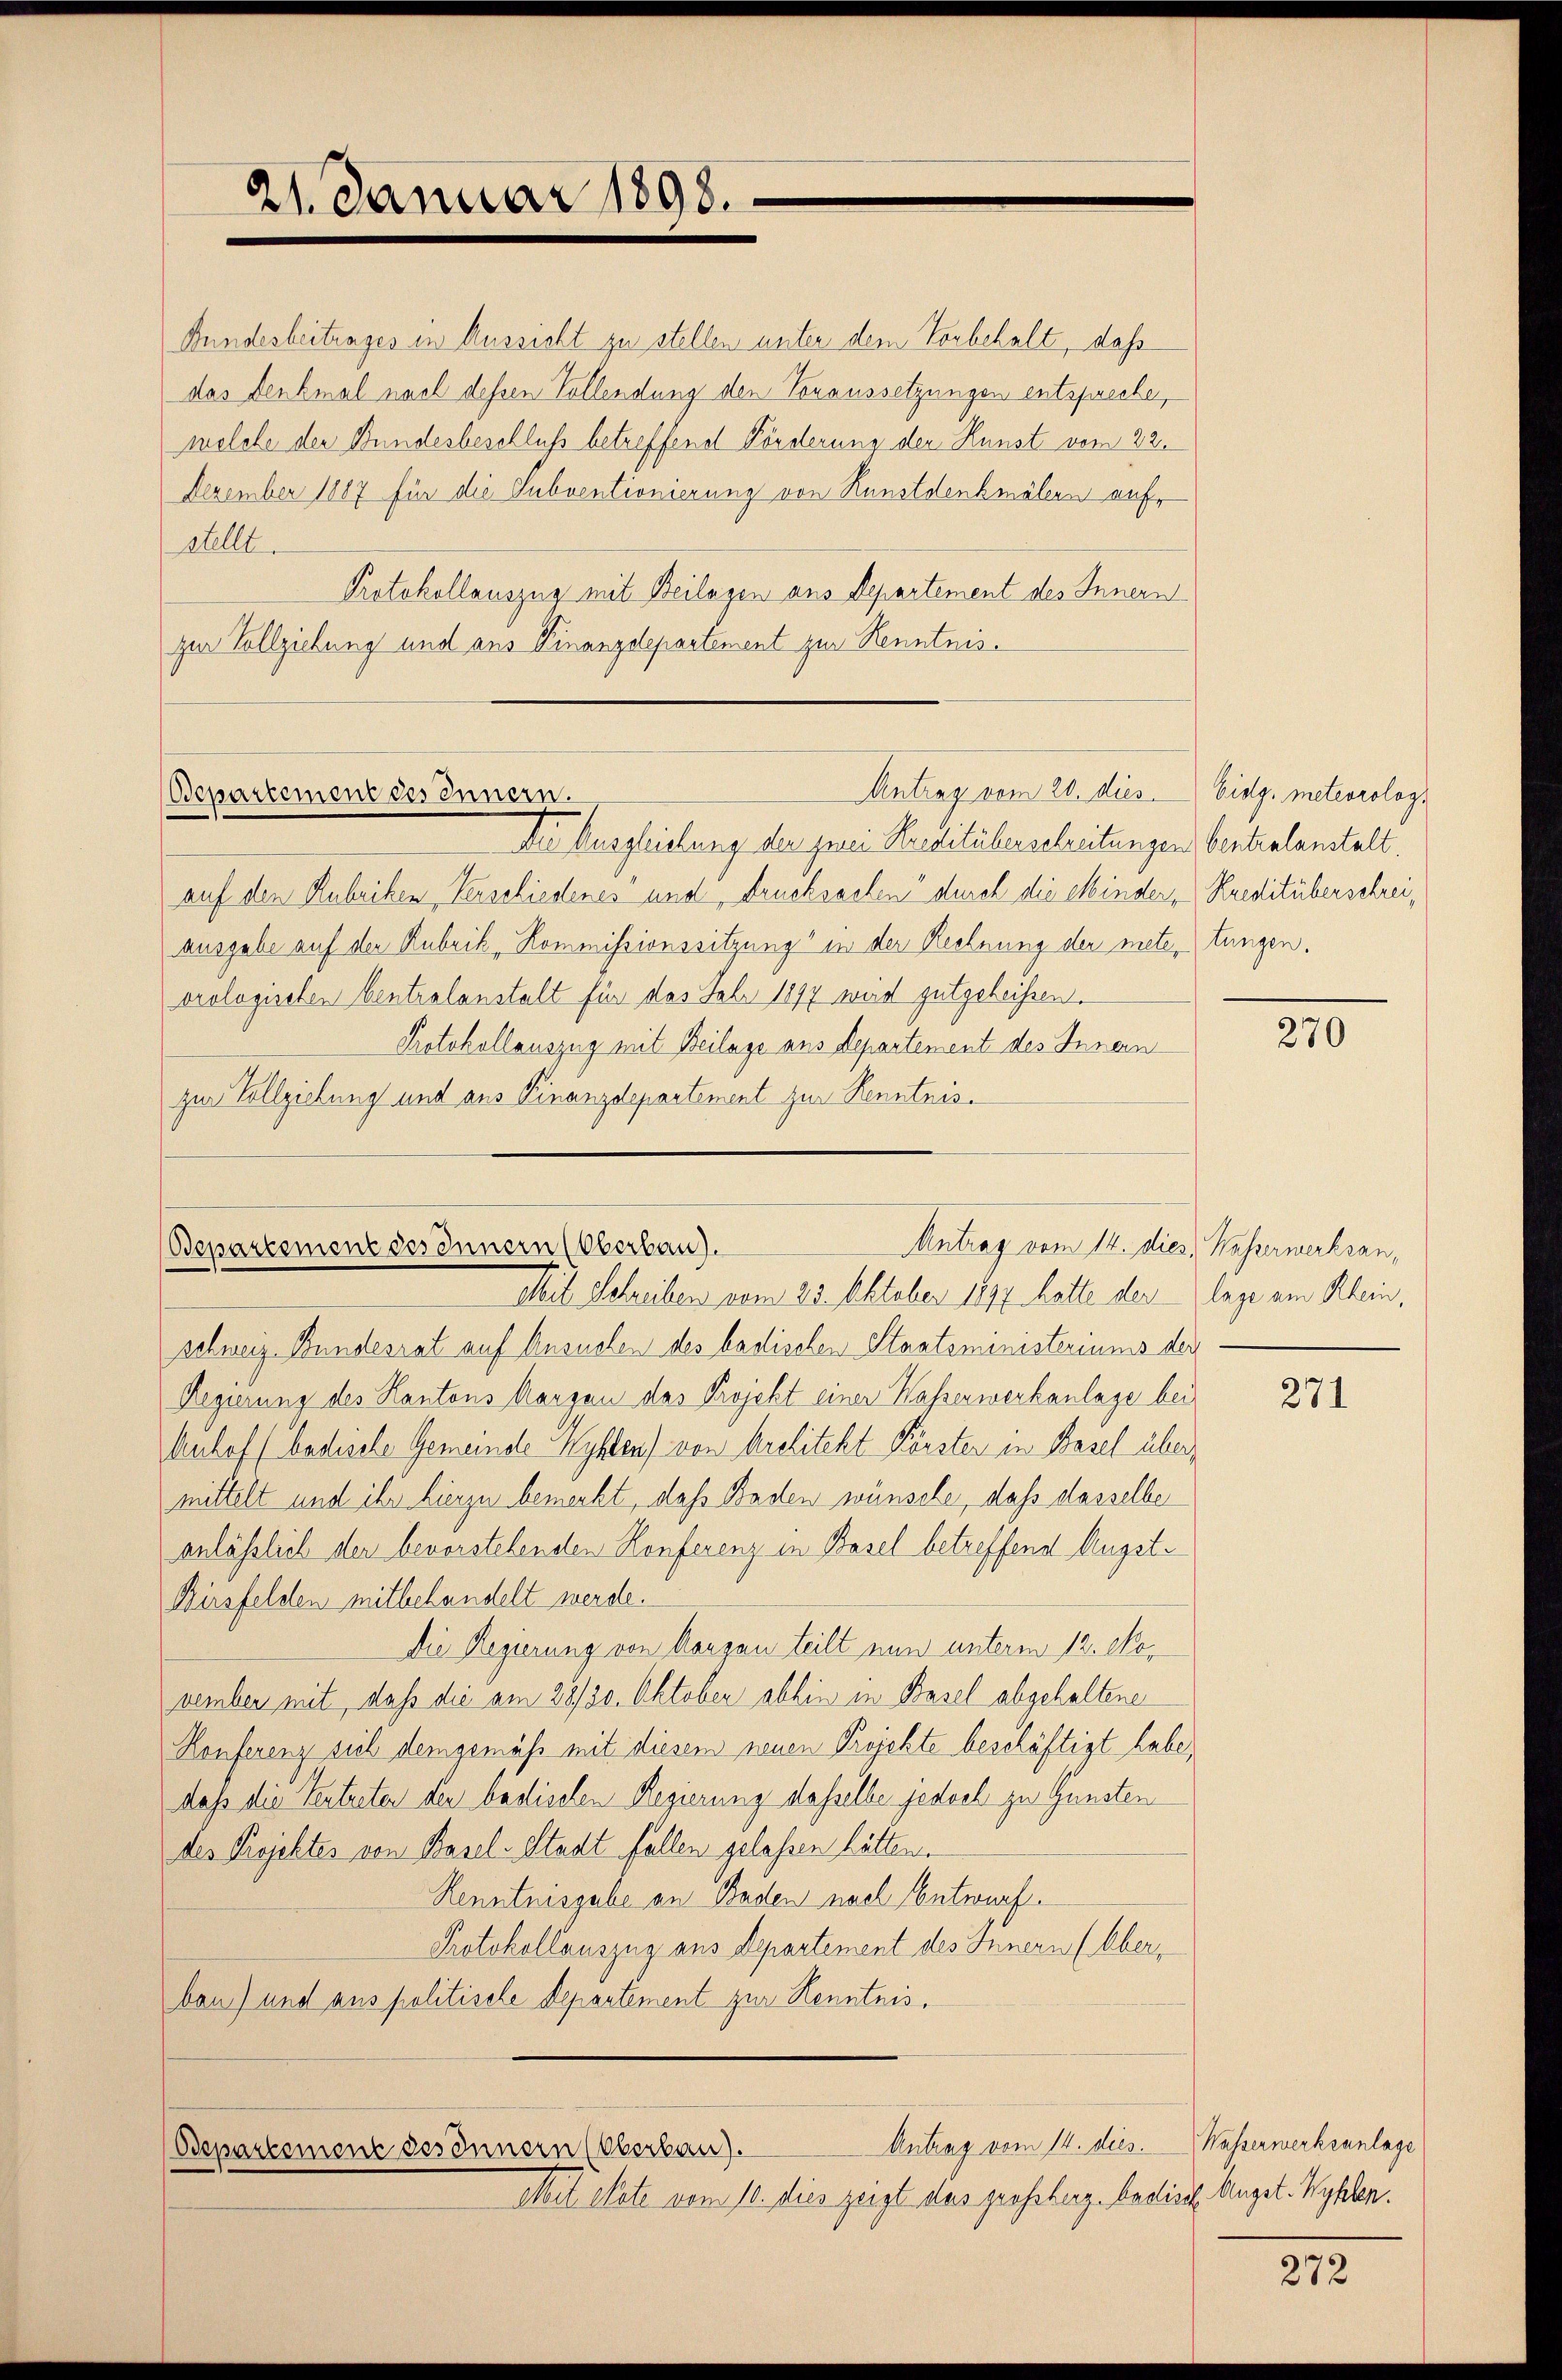
21. Januar 1898.

Bundesbeitunges in Aussicht zu stellen unter dem Vorbehalt, daß
das Denkmal nach dessen Vollendung den Voraussetzungen entspreche,
welche der Bundesbeschluß betreffend Förderung der Kunst vom 22.
Dezember 1887 für die Subventionierung von Runstdenkmälern auf¬
Stellt.
Protokollauszug mit Beilagen aus Departement des Innern
zur Vollziehung und aus Finanzdepartement zur Kenntnis¬

Ii Ausgleichung der zwei Kreditüberselzeitungen bentralanstalt.
auf den Rubriken, Verschiedenes“ und Drucksachen durch die Mindern Kreditüberschreiausgabe auf der Anbrik, Kommissionssitzung“ in der Rechnung der mete, tungen.
orologischen Centralanstalt für das Jahr 1897 wird gutgeheißen.
Protokollauszug mit Beilage aus Departement des Innern
zur Vollziehung und aus Finanzdepartement zur Kenntnis¬

Antrag vom 26. dies
Departement des Innern.

Bepartement des Innern (Oberbau).

Antrag vom II. dies. Wasserwerksan,

Mit Schreiben vom 23. Oktober 1877 hatte der lage am Klein,
schweiz. Bundesrat auf Ansuchen des badischen Staatsministeriums der
Regierung des Kantons Aargau das Projekt einer Wasserwerkanlage bei
Muhof (badische Gemeinde Wyhler) von Architekt Förster in Basel übermittelt und ihr hierzu bemerkt, daß Baden wünsche, daß dasselbe
anläßlich der bevorstehenden Konferenz in Basel betreffend Augst¬
Ausfelden mitbehandelt werde.
Die Regierung von Kanzen teilt nun unterm 12. November mit, daß die am 28/30. Oktober abhin in Basel abgehaltene
Konferenz sich demgemäß mit diesem neuen Projekte beschäftigt habe,
daß die Tentreten der badischen Regierung dasselbe jedoch zu Gunsten
des Projektes von Basel-Stadt fallen gelassen hätten.
Renntnisgabe an Baden nach Entwurf.
Protokollauszug aus Departement des Innern (Oberbon) und aus politische Departement zur Kenntnis,

Antrag vom 14. dies.
Odepartement des Innern (Oberlan).
Moel stete vom 10. dies zeigt das grossberg. badisch. Augst.- Wyhlen.

Eidg. meteorolog.

270

271

Wasserwerksanlage

272